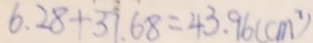
6 . 2 8 + 3 7 . 6 8 = 4 3 . 9 6 ( c m ^ { 2 } )